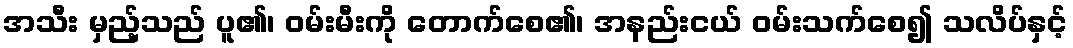
အသီး မှည့်သည် ပူ၏၊ ဝမ်းမီးကို တောက်စေ၏၊ အနည်းငယ် ဝမ်းသက်စေ၍ သလိပ်နှင့်